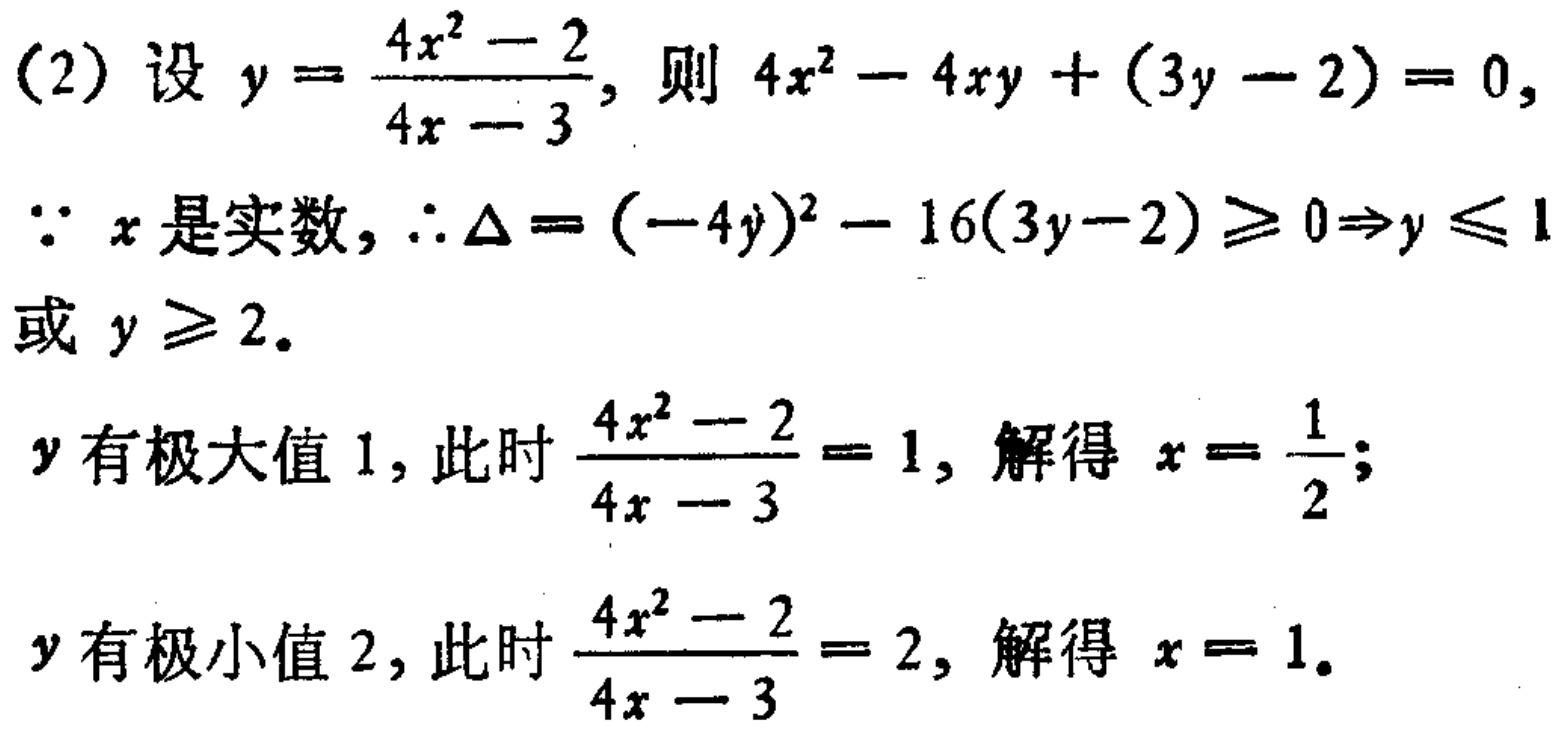
(2) 设 \(y = \frac{4x^{2}-2}{4x - 3}\), 则 \(4x^{2}-4xy+(3y - 2)=0\),

\(\because x\) 是实数, \(\therefore \Delta = (-4y)^{2}-16(3y - 2)\geq0\Rightarrow y\leq1\)

或 \(y\geq2\).

\(y\) 有极大值 \(1\), 此时 \(\frac{4x^{2}-2}{4x - 3}=1\), 解得 \(x = \frac{1}{2}\);

\(y\) 有极小值 \(2\), 此时 \(\frac{4x^{2}-2}{4x - 3}=2\), 解得 \(x = 1\).